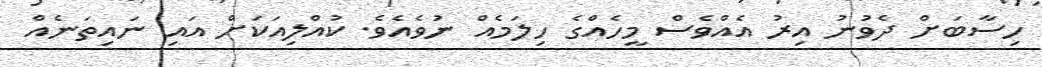
ހިސާބަށް ދެވުނު އިރު އެއްވެސް މީހެއްގެ ހިލަމެއް ނުވެއެވެ. ކުއްލިއަކަށް އައި ނައިތަނެއް